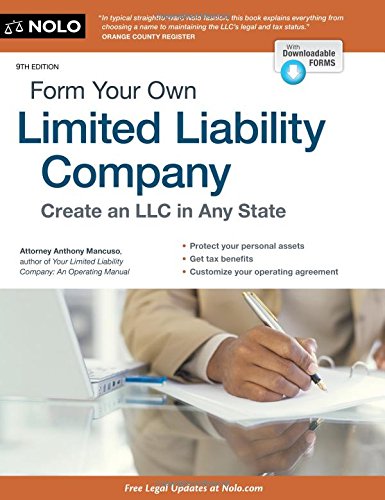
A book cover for Form Your Own Limited Liability Company; Anthony Mancuso Attorney; Law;